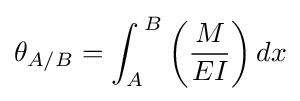
\theta _{A/B}={\int _{A}}^{B}\left({\frac {M}{EI}}\right)dx